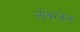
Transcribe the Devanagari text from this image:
लोवरकेस